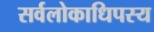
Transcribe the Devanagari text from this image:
सर्वलोकाधिपस्य